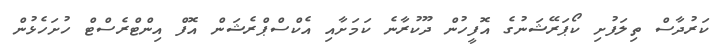
ކަރުދާސް ތިލަފުށި ކޯޕަރޭޝަނުގެ އޮފީހުން ދޫކުރާނެ ކަމަށާއި އެކްސްޕްރެޝަން އޮފް އިންޓްރެސްޓް ހުށަހެޅުން